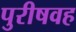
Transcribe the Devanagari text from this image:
पुरीषवह